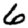
Digit: 6